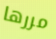
مررها